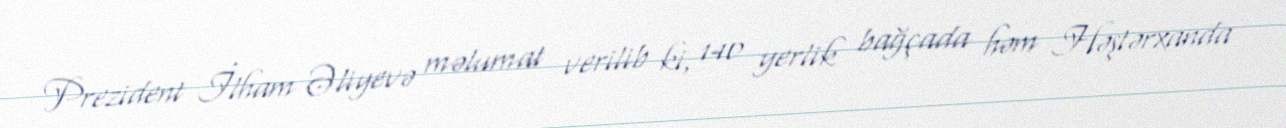
Prezident İlham Əliyevə məlumat verilib ki, 140 yerlik bağçada həm Həştərxanda